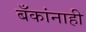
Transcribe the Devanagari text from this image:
बँकांनाही